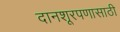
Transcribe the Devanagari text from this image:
दानशूरपणासाठी